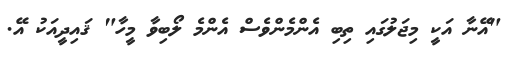
"އޭނާ އަކީ މިޖަލުގައި ތިބި އެންމެންވެސް އެންމެ ލޯބިވާ މީހާ" ޤައިދީއަކު އޭ.